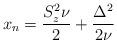
LaTeX: \begin{align*}x_n = \frac{S_z^2 \nu}{2} + \frac{\Delta^2}{2\nu}\end{align*}